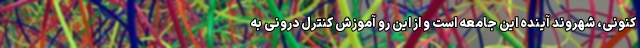
کنونی، شهروند آینده این جامعه است و از این رو آموزش کنترل درونی به